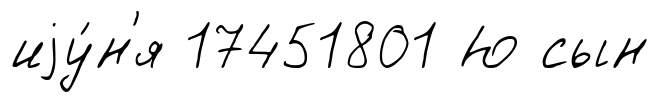
иjу́н'я 17451801 Ю сын